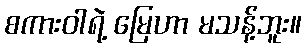
စကားဝါရဲ့ မြေဟာ မသန့်ဘူး။